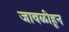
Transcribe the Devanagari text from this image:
जावळीहून